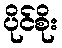
ပိုင်စိုး